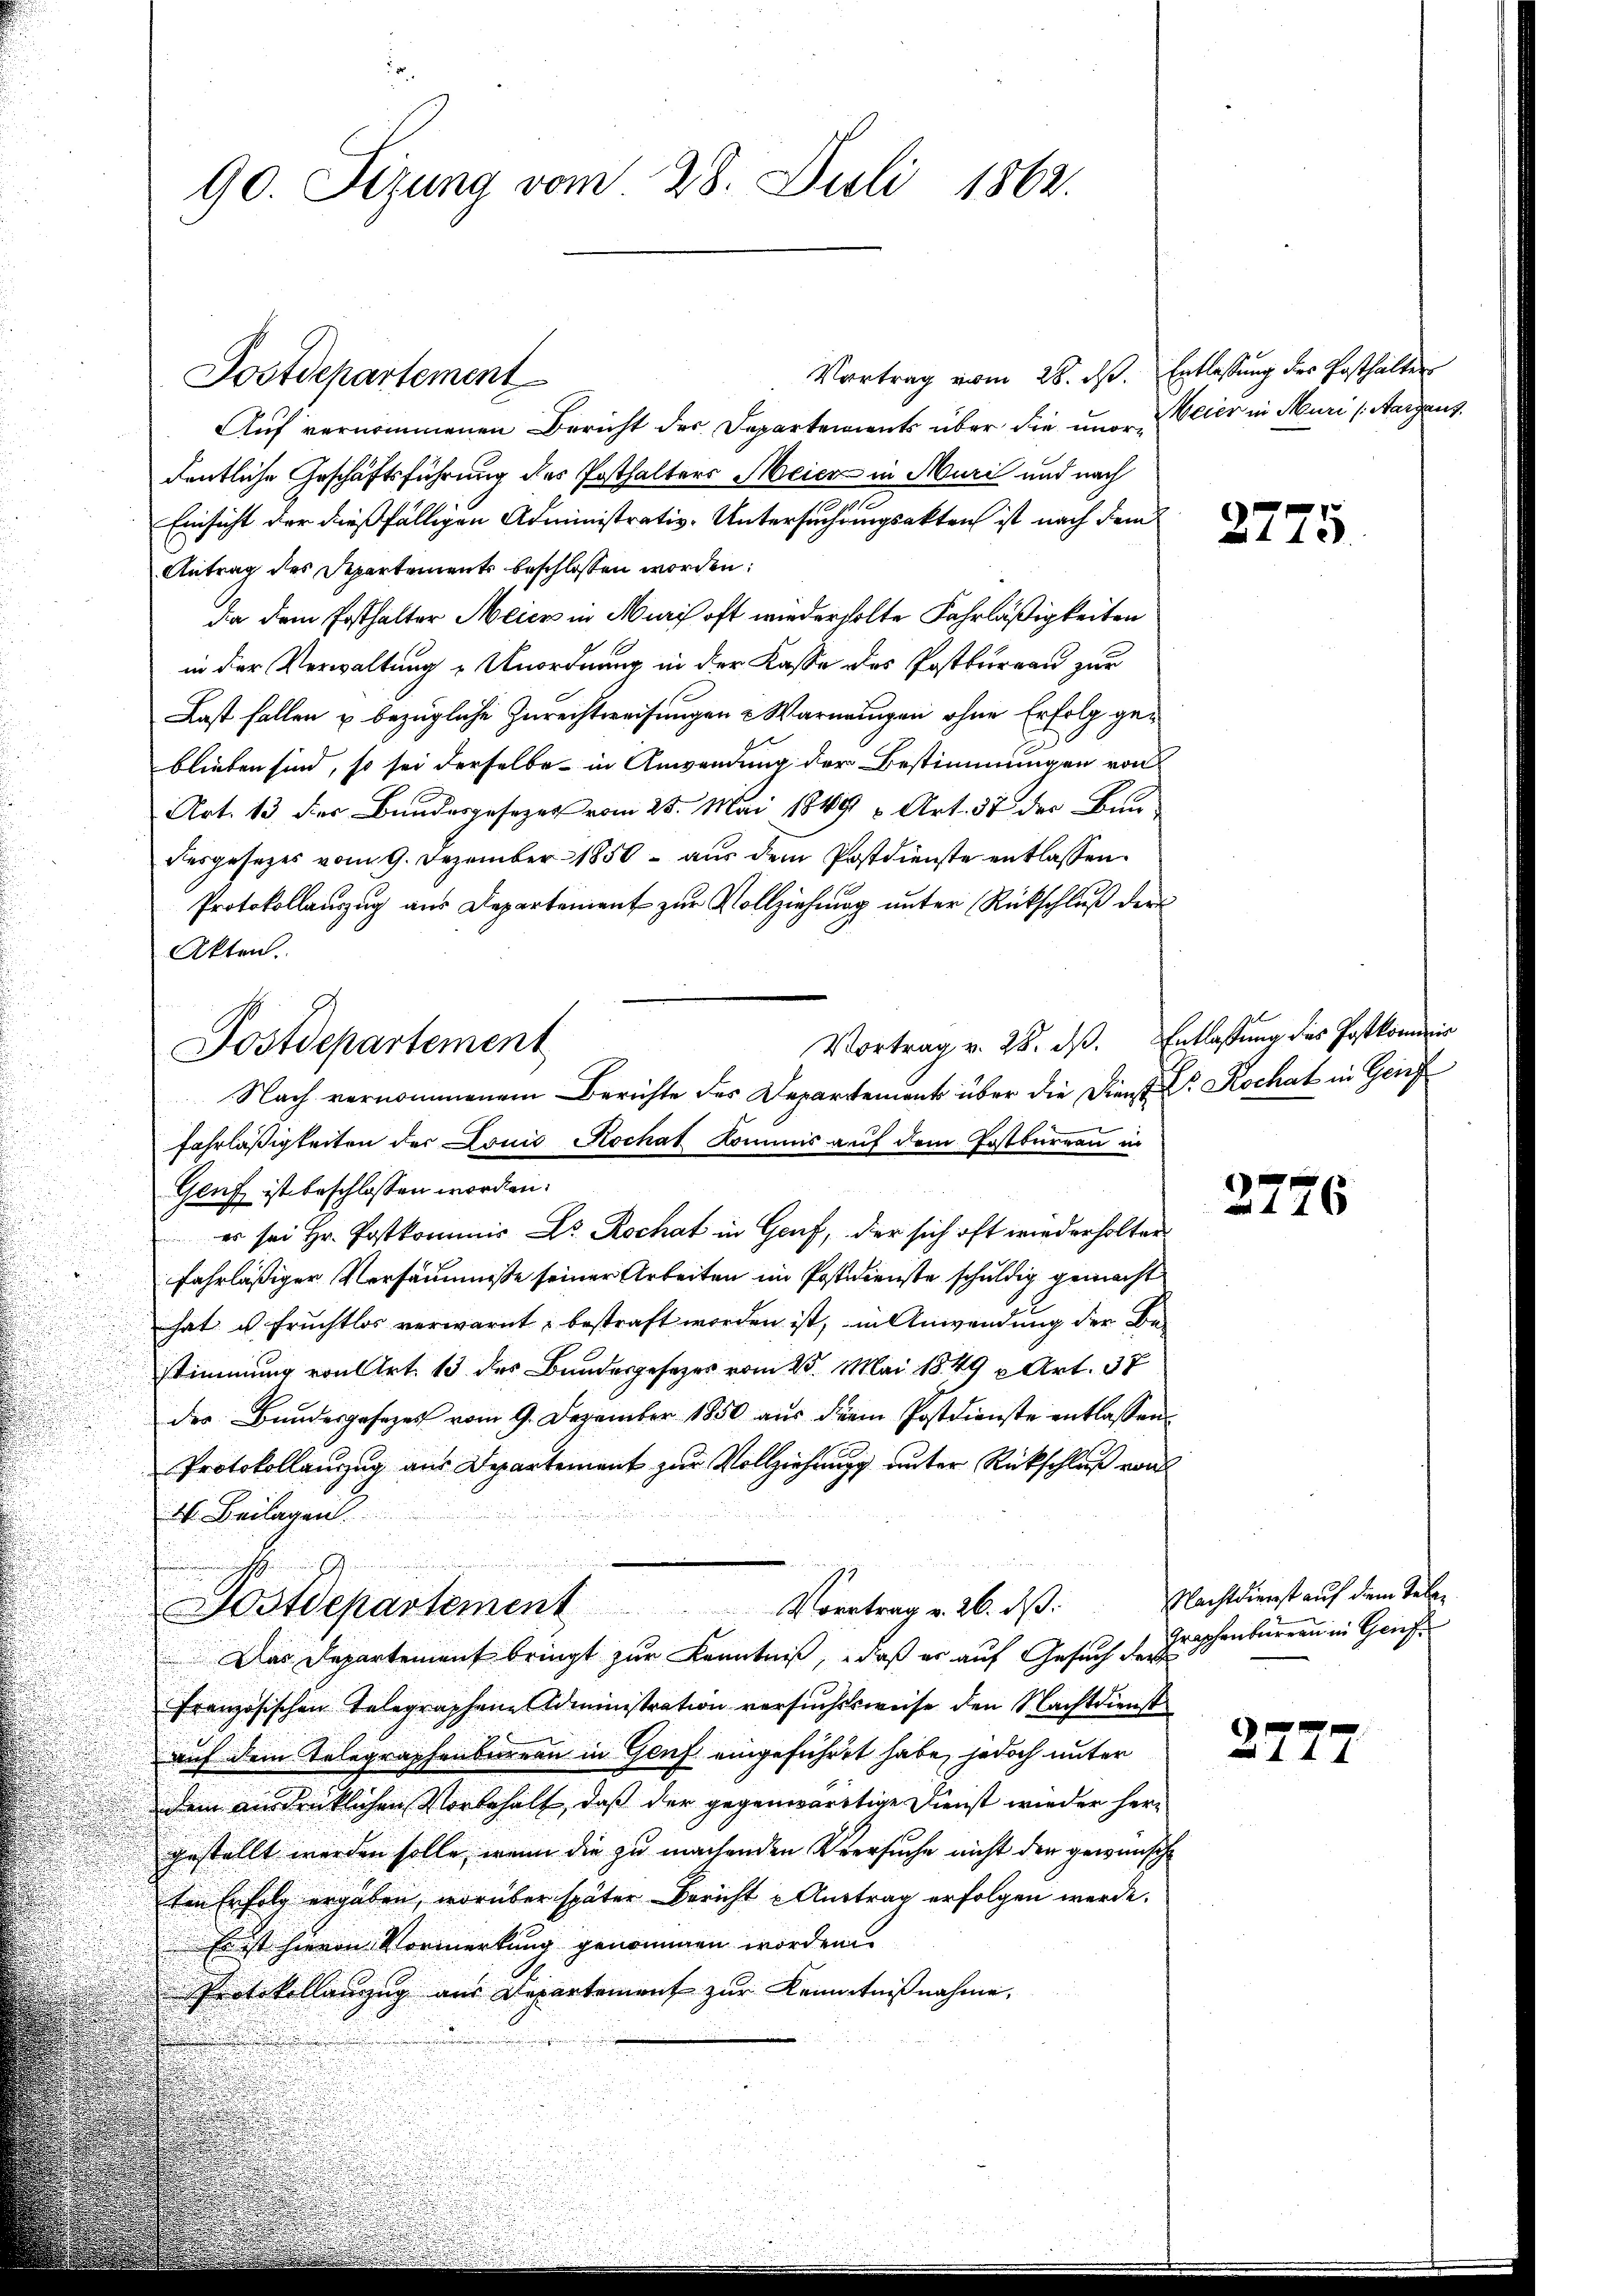
Auf vernommenen Bericht der Departements über die unordentliche Geschäftsführung des Posthalters Meier in Muri und nach
Einsicht der dießfälligen Administrativ-Untersuchungsakten ist nach dem
Antrag des Departements beschlossen worden:
da dem Posthalter Meier in Muris oft wiederholte Fahrläßigkeiten
in der Verwaltung Unordnung in der Kasse des Postbureau zur
Last fallen u bezügliche Zurechtweisungen & Warnungen ohne Erfolg geblieben sind, so sei derselbe in Anwendung der Bestimmungen von
Art. 13. der Bundesgesezes vom 25. Mai 1849 u Art. 37 der Bau-
desgesezes vom 9. Dezember 1850 aus dem Postdienste entlassen
Protokollauszug aus Departement zur Vollziehung unter Rückschluß der
Akten.
Genf ist beschlossen worden.
es sei Hr. Postkommis Dr. Rochat in Genf, der sich oft wiederholter
fahrläßiger Versäumniße seiner Arbeiten im Postdienste schuldig gemacht
hat u. Fruchtlos verwarnt & bestraft worden ist, in Anwendung der Bestimmung von Art. 13 des Bundesgesezes vom 25. Mai 1849 u. Art. 37
der Bundesgesezes vom 9. Dezember 1850 aus dem Postdienste entlassen.
Protokollanzug aus Departement zur Vollziehung unter Rückschluß von
4. Beilagen.
Postdepartement. Vortrag v. 26. ds.
Das Departement bringt zur Kenntniß, daß er auf Gesuch der
Französischen Telegraphene Administration versuchssweise den Nachtdienst
auf dem Telegraphenbureau in Genf eingeführet habe, jedoch unter
dem eindrücklichen Vorbehalt, daß der gegenwärtige Dienst wieder hergestellt werden solle, wenn die zu machenden Versuche nicht der gewünsche
ten Erfolg ergäben, worüber später Bericht Austrag erfolgen werde.
Es ist hievon Vormerkung genommen worden.
Protokollanzug aus Departement zur Kenntnißnahme.

90. Sizung vom 28. Juli 1862.

Postdepartement

Vortrag v. 28. ds. Entlassung des Postkommis
Postdepartement
Nach vernommenem Berichte des Departement über die Dienst Dr. Kochat in Geis
Fahrläßigkeiten der Louis Kochat Kommis auf dem Postbureau in

Vortrag vom 28. ds. Entlassung des Posthalter

Weier in Muri (Aargaus.

2775.

2776

Nachtdienst auf dem Tele¬
Graphenbureau in Geif

2777